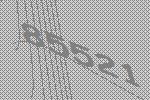
85521